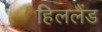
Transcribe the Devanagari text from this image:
हिललैंड